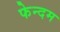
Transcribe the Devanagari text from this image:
फेन्दम